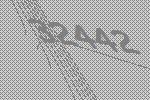
32442